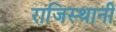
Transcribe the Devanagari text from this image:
राजिस्थानी